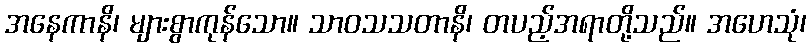
အနေကာနိ၊ များစွာကုန်သော။ သာဝသသတာနိ၊ တပည့်အရာတို့သည်။ အဟေသုံ၊